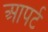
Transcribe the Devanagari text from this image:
आपर्ट